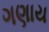
ગણાય